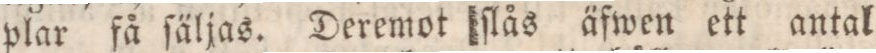
plar få ſäljas. Deremot ſlås äfwen ett antal